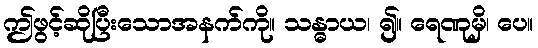
ဤဖွင့်ဆိုပြီးသောအနက်ကို။ သန္ဓာယ၊ ၍။ ရေဏုမှိ၊ ပေ။